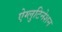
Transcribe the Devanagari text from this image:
ऐग्लुटिनेशन